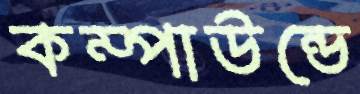
কম্পাউন্ডে